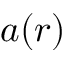
a ( r )